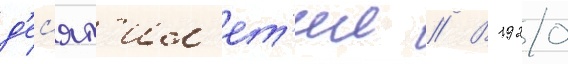
д'ес'ят'ил'ет'ии // В 1920